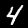
Digit: 4